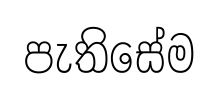
පැතිසේම